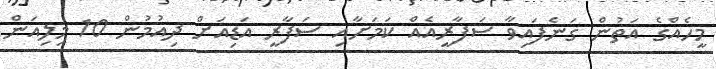
މީހެއްގެ އަތުން ގަނެފައިވާ ސަފާރީއެއް ކަމަށާއި ސަފާރީ އަޑިއަށް ދިއުމުން 10 މިލިއަން